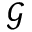
\mathcal G